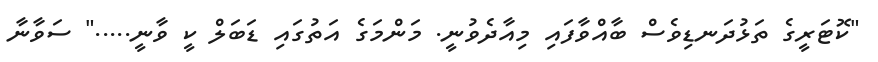
"ކޮޓަރީގެ ތަޅުދަނޑިވެސް ބާއްވާފައި މިއާދެވުނީ. މަންމަގެ އަތުގައި ޑަބަލް ކީ ވާނީ....." ސަވާނާ